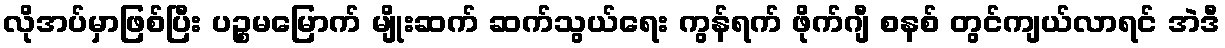
လိုအပ်မှာဖြစ်ပြီး ပဉ္စမမြောက် မျိုးဆက် ဆက်သွယ်ရေး ကွန်ရက် ဖိုက်ဂျီ စနစ် တွင်ကျယ်လာရင် အဲဒီ